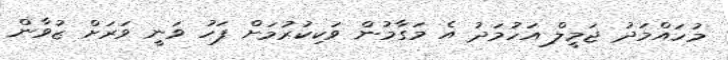
މުހައްމަދު ޖަމީލް އަހުމަދު އެ މަގާމުން ވަކިކުރުމަށް ފަހު ވަނީ ވަރަށް ޒުވާން